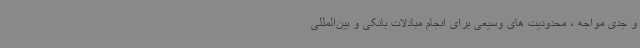
و جدی مواجه ، محدودیت‌ های وسیعی برای انجام مبادلات بانکی و بین‌المللی